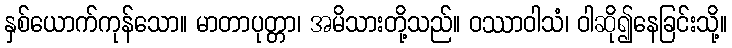
နှစ်ယောက်ကုန်သော။ မာတာပုတ္တာ၊ အမိသားတို့သည်။ ဝဿာဝါသံ၊ ဝါဆို၍နေခြင်းသို့။